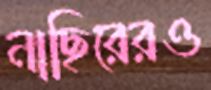
নাছিরেরও